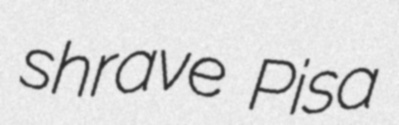
shrave Pisa